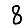
Digit: 8